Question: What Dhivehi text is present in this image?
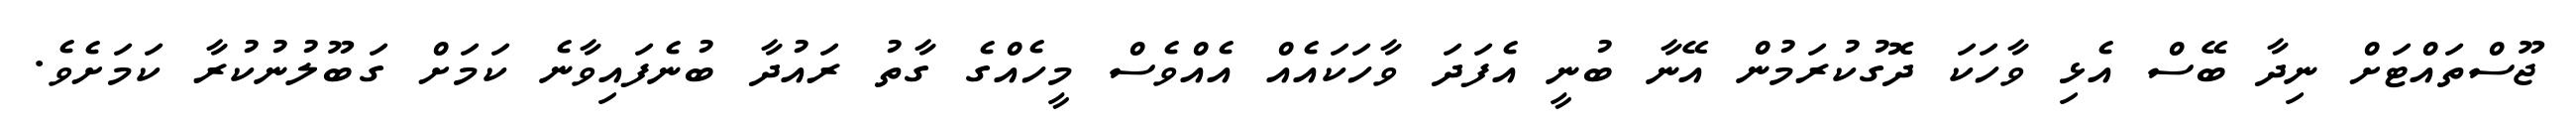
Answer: ޖޫސްތައްޓަށް ނިދާ ބޭސް އެޅި ވާހަކަ ދޮގުކުރަމުން އޭނާ ބުނީ އެފަދަ ވާހަކައެއް އެއްވެސް މީހެއްގެ ގާތު ރައުދާ ބުނެފައިވާނެ ކަމަށް ގަބޫލުނުކުރާ ކަމަށެވެ.